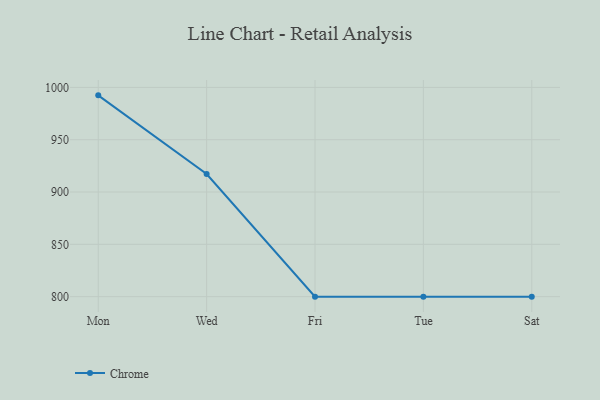
{"axis": {"x": "Day", "y": "Headcount"}, "legend": ["Chrome"], "data": [{"x": "Mon", "y": 992.4, "type": "Chrome"}, {"x": "Wed", "y": 917.2, "type": "Chrome"}, {"x": "Fri", "y": 800, "type": "Chrome"}, {"x": "Tue", "y": 800, "type": "Chrome"}, {"x": "Sat", "y": 800, "type": "Chrome"}]}